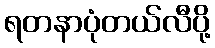
ရတနာပုံတယ်လီပို့